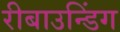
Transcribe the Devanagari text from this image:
रीबाउन्डिंग